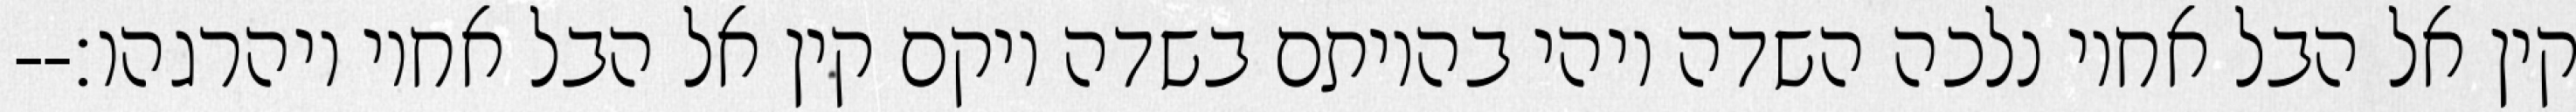
קין אל הבל אחיו נלכה השדה ויהי בהיותם בשדה ויקם קין אל הבל אחיו ויהרגהו׃--